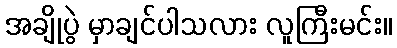
အချိုပွဲ မှာချင်ပါသလား လူကြီးမင်း။